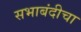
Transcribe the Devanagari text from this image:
सभाबंदीचा